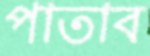
পাতাব